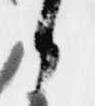
候